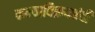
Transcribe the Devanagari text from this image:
कन्याविक्रयबंदी